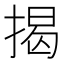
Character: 揭